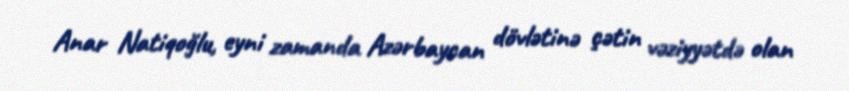
Anar Natiqoğlu, eyni zamanda Azərbaycan dövlətinə çətin vəziyyətdə olan